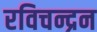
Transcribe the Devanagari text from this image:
रविचन्द्रन